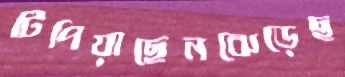
টিপিয়াছেনঝেড়েছ